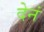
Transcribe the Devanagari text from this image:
देनं